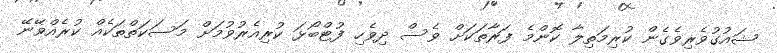
ޝައުގުވެރިވެގެން ކުރިމަތިލާ ކޮންމެ ފަރާތަކަށް ވެސް ދިވެހި ފުޓްބޯޅަ ކުރިއެރުވުމަށް މަސަކަތްތަކެއް ކުރެއްވޭނޭ